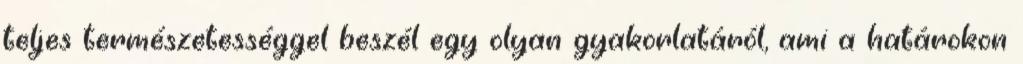
teljes természetességgel beszél egy olyan gyakorlatáról, ami a határokon